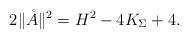
LaTeX: \begin{align*}2\| \mathring{A} \|^2 = H^2 - 4 K_\Sigma + 4.\end{align*}